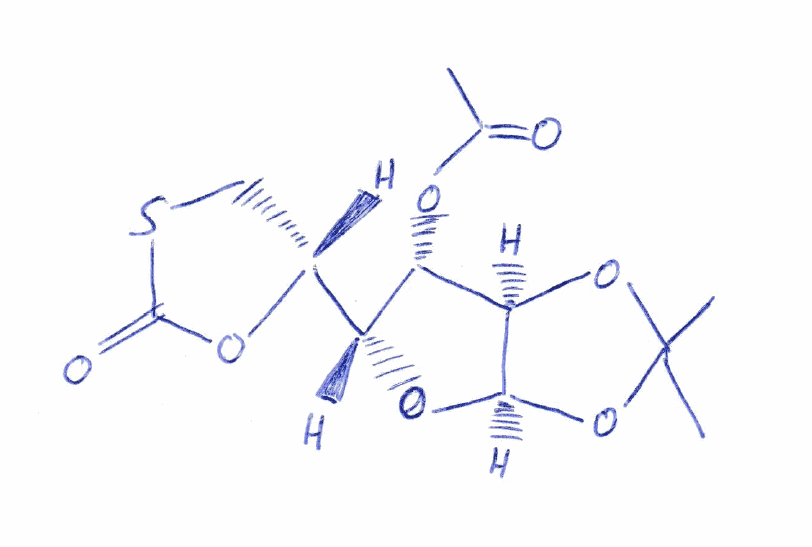
Simplified molecular-input line-entry system (SMILES) notation of the given molecule:
CC(=O)O[C@H]1[C@H](O[C@H]2[C@@H]1OC(O2)(C)C)[C@H]3CSC(=O)O3